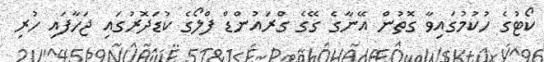
ކޯޓުގެ ހުކުމުގައިވާ ގޮތުން އޭނާގެ ގޭގެ ގްރައުންޑް ފްލޯގެ ކުޑަދޮރުގައި ޖަހާފައި ހުރި